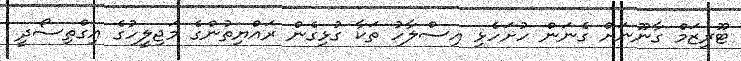
ޓޫރިޒަމް ގާނޫނަށް ގެނަން ހުށަހެޅި އިސްލާހު ތަކާ ގުޅިގެން ރައްޔިތުންގެ މަޖިލީހުގެ އިގްތިސޯދީ